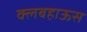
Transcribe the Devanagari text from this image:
क्लबहाऊस